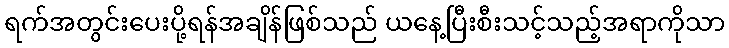
ရက်အတွင်းပေးပို့ရန်အချိန်ဖြစ်သည် ယနေ့ပြီးစီးသင့်သည့်အရာကိုသာ